Problem: 2 × 9 = ?
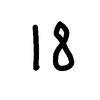
Handwritten answer: 18